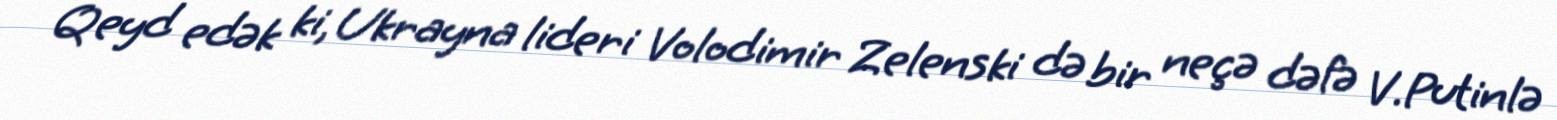
Qeyd edək ki, Ukrayna lideri Volodimir Zelenski də bir neçə dəfə V.Putinlə